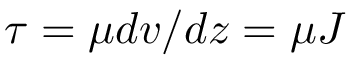
\tau = \mu d v / d z = \mu J